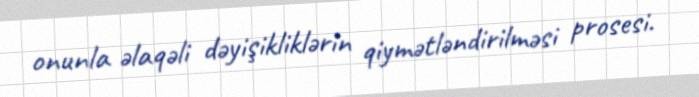
onunla əlaqəli dəyişikliklərin qiymətləndirilməsi prosesi.